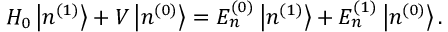
H _ { 0 } \left| n ^ { ( 1 ) } \right\rangle + V \left| n ^ { ( 0 ) } \right\rangle = E _ { n } ^ { ( 0 ) } \left| n ^ { ( 1 ) } \right\rangle + E _ { n } ^ { ( 1 ) } \left| n ^ { ( 0 ) } \right\rangle .